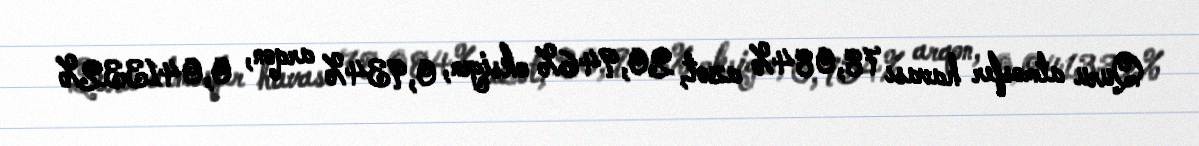
Quru atmosfer havası 78,084% azot, 20,946% oksigen, 0,934% arqon, 0,041332%